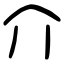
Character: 介